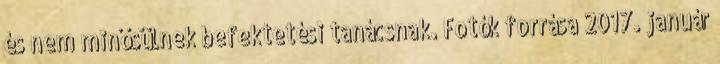
és nem minősülnek befektetési tanácsnak. Fotók forrása 2017. január